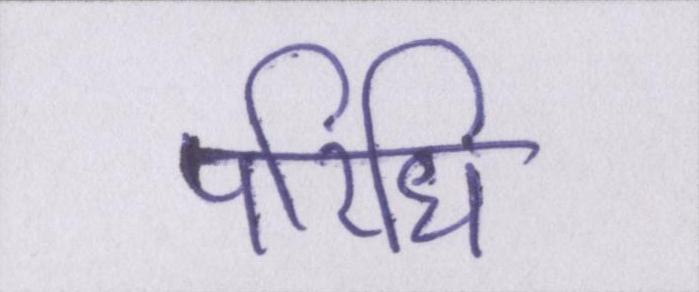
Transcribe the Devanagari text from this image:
परिधि